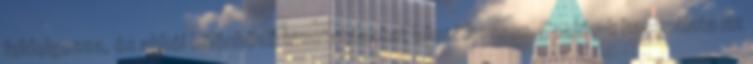
feldolgozza, és abból különböző kimutatásokat készíthessen. Cookie-k használata Az